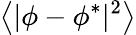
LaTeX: \left\langle\vert\phi-\phi^{*}\vert^{2}\right\rangle